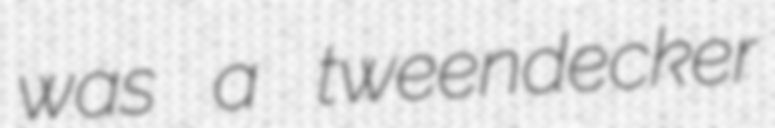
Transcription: was a tweendecker